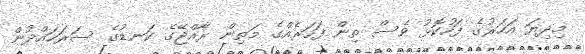
މިދިޔަ އަހަރުގެ ފަހުކޮޅު ވެސް ތިން ފަހަރެއްގެ މަތިން ރާއްޖޭގެ ކަނޑުގެ ސަރަހައްދުން